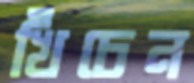
খিঁচেন